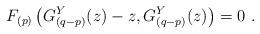
LaTeX: \begin{align*}F_{(p)}\left(G_{(q-p)}^Y(z)-z,G_{(q-p)}^Y(z)\right)=0\ .\end{align*}